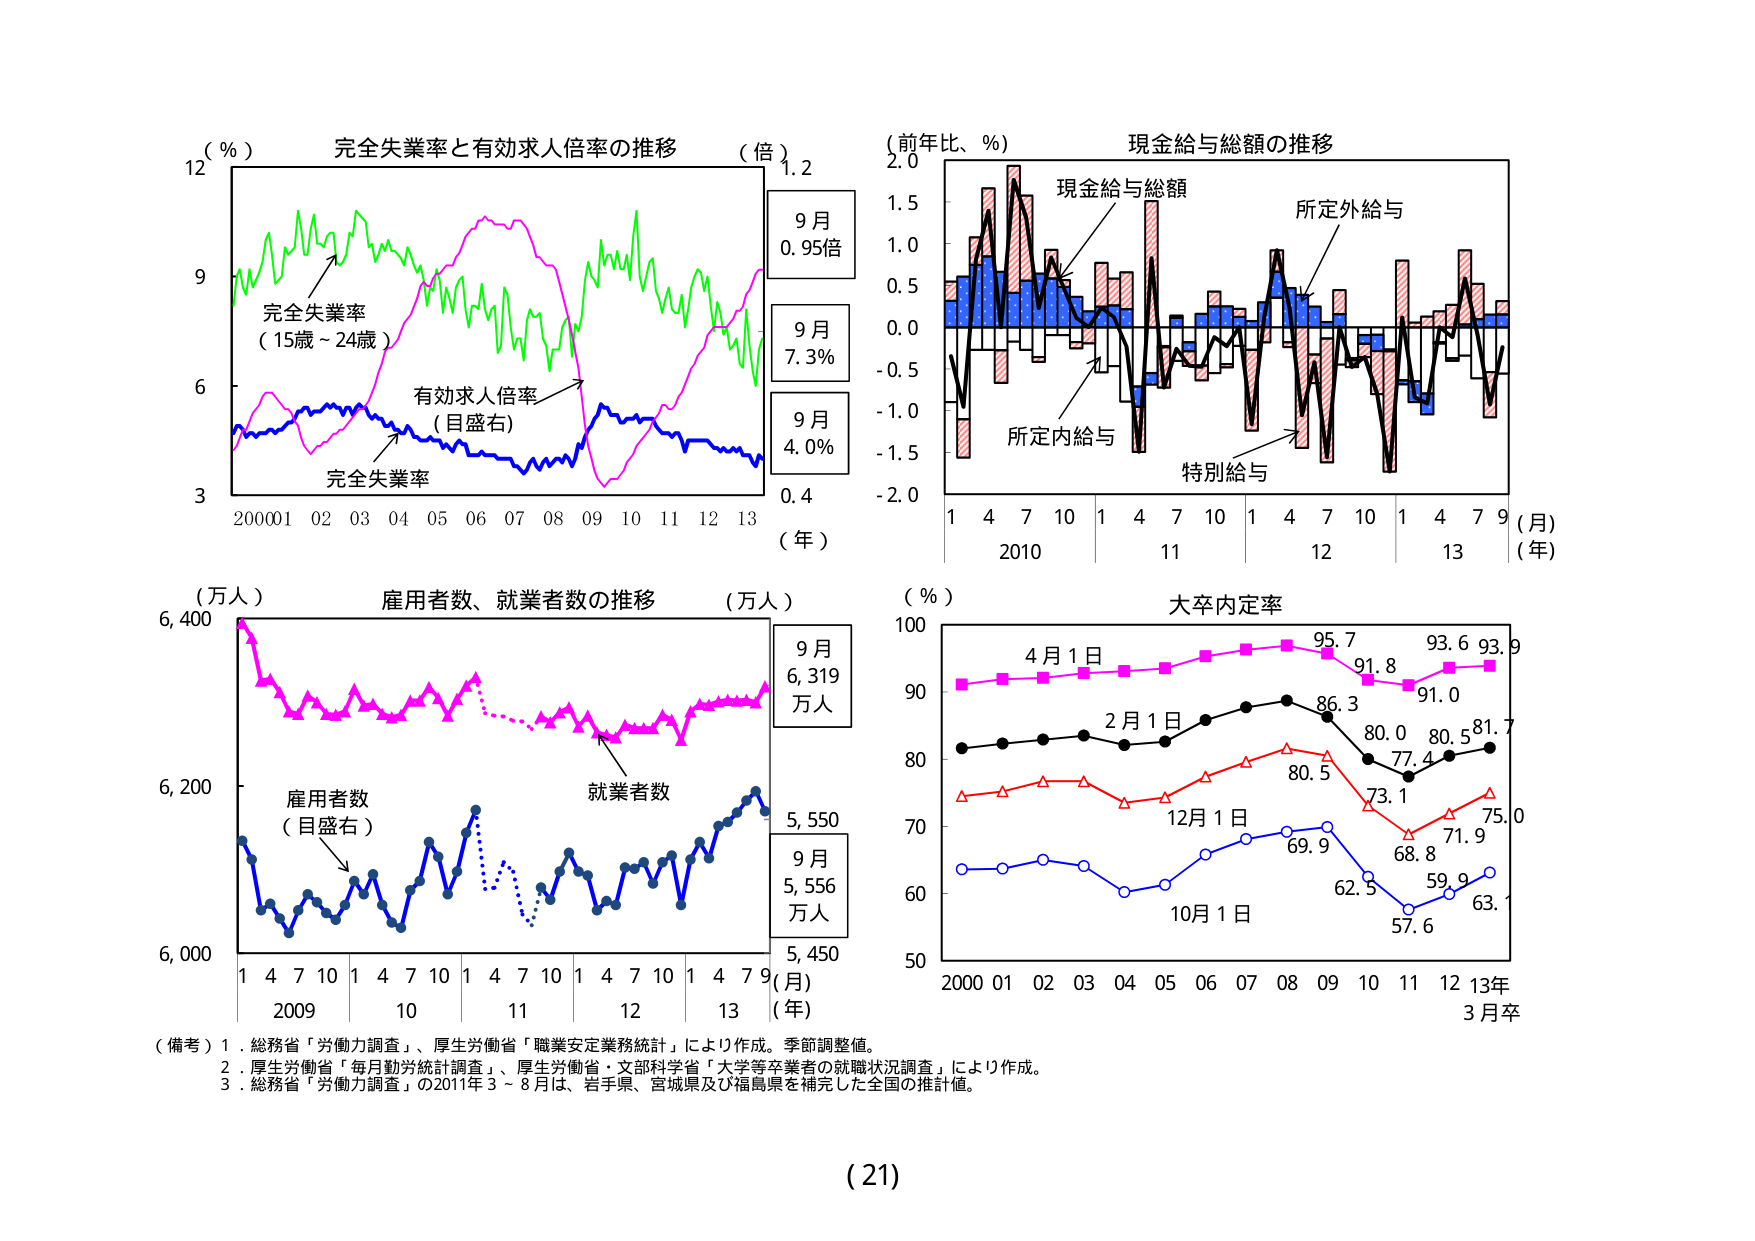
（％）
完全失業率と有効求人倍率の推移
（倍）
12
9
6
3
完全失業率
（15歳～24歳）
有効求人倍率
（目盛右）
完全失業率
2000 01 02 03 04 05 06 07 08 09 10 11 12 13
（年）
9月
0.95倍
9月
7.3％
9月
4.0％
0.4
1.2
（前年比、％）
現金給与総額の推移
2.0
1.5
1.0
0.5
0.0
-0.5
-1.0
-1.5
-2.0
現金給与総額
所定外給与
所定内給与
特別給与
1 4 7 10 1 4 7 10 1 4 7 10 1 4 7 9
2010 11 12 13
（月）
（年）
（万人）
雇用者数、就業者数の推移
（万人）
6,400
6,200
6,000
雇用者数
（目盛右）
就業者数
1 4 7 10 1 4 7 10 1 4 7 10 1 4 7 9
2009 10 11 12 13
（月）
（年）
9月
6,319
万人
9月
5,556
万人
5,550
5,450
（％）
大卒内定率
100
90
80
70
60
50
4月1日
2月1日
12月1日
10月1日
95.7
91.8
93.6
93.9
86.3
80.0
77.4
80.5
81.7
80.5
73.1
69.9
62.5
68.8
57.6
59.9
63.1
75.0
71.9
91.0
2000 01 02 03 04 05 06 07 08 09 10 11 12 13年
3月卒
（備考）1．総務省「労働力調査」、厚生労働省「職業安定業務統計」により作成。季節調整値。
2．厚生労働省「毎月勤労統計調査」、厚生労働省・文部科学省「大学等卒業者の就職状況調査」により作成。
3．総務省「労働力調査」の2011年3～8月は、岩手県、宮城県及び福島県を補完した全国の推計値。
（21）